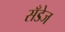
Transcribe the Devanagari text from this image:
सँडेज